65_HS1-834228961_62-HQ-83894_Section_4
Agency: FBI
Page 47
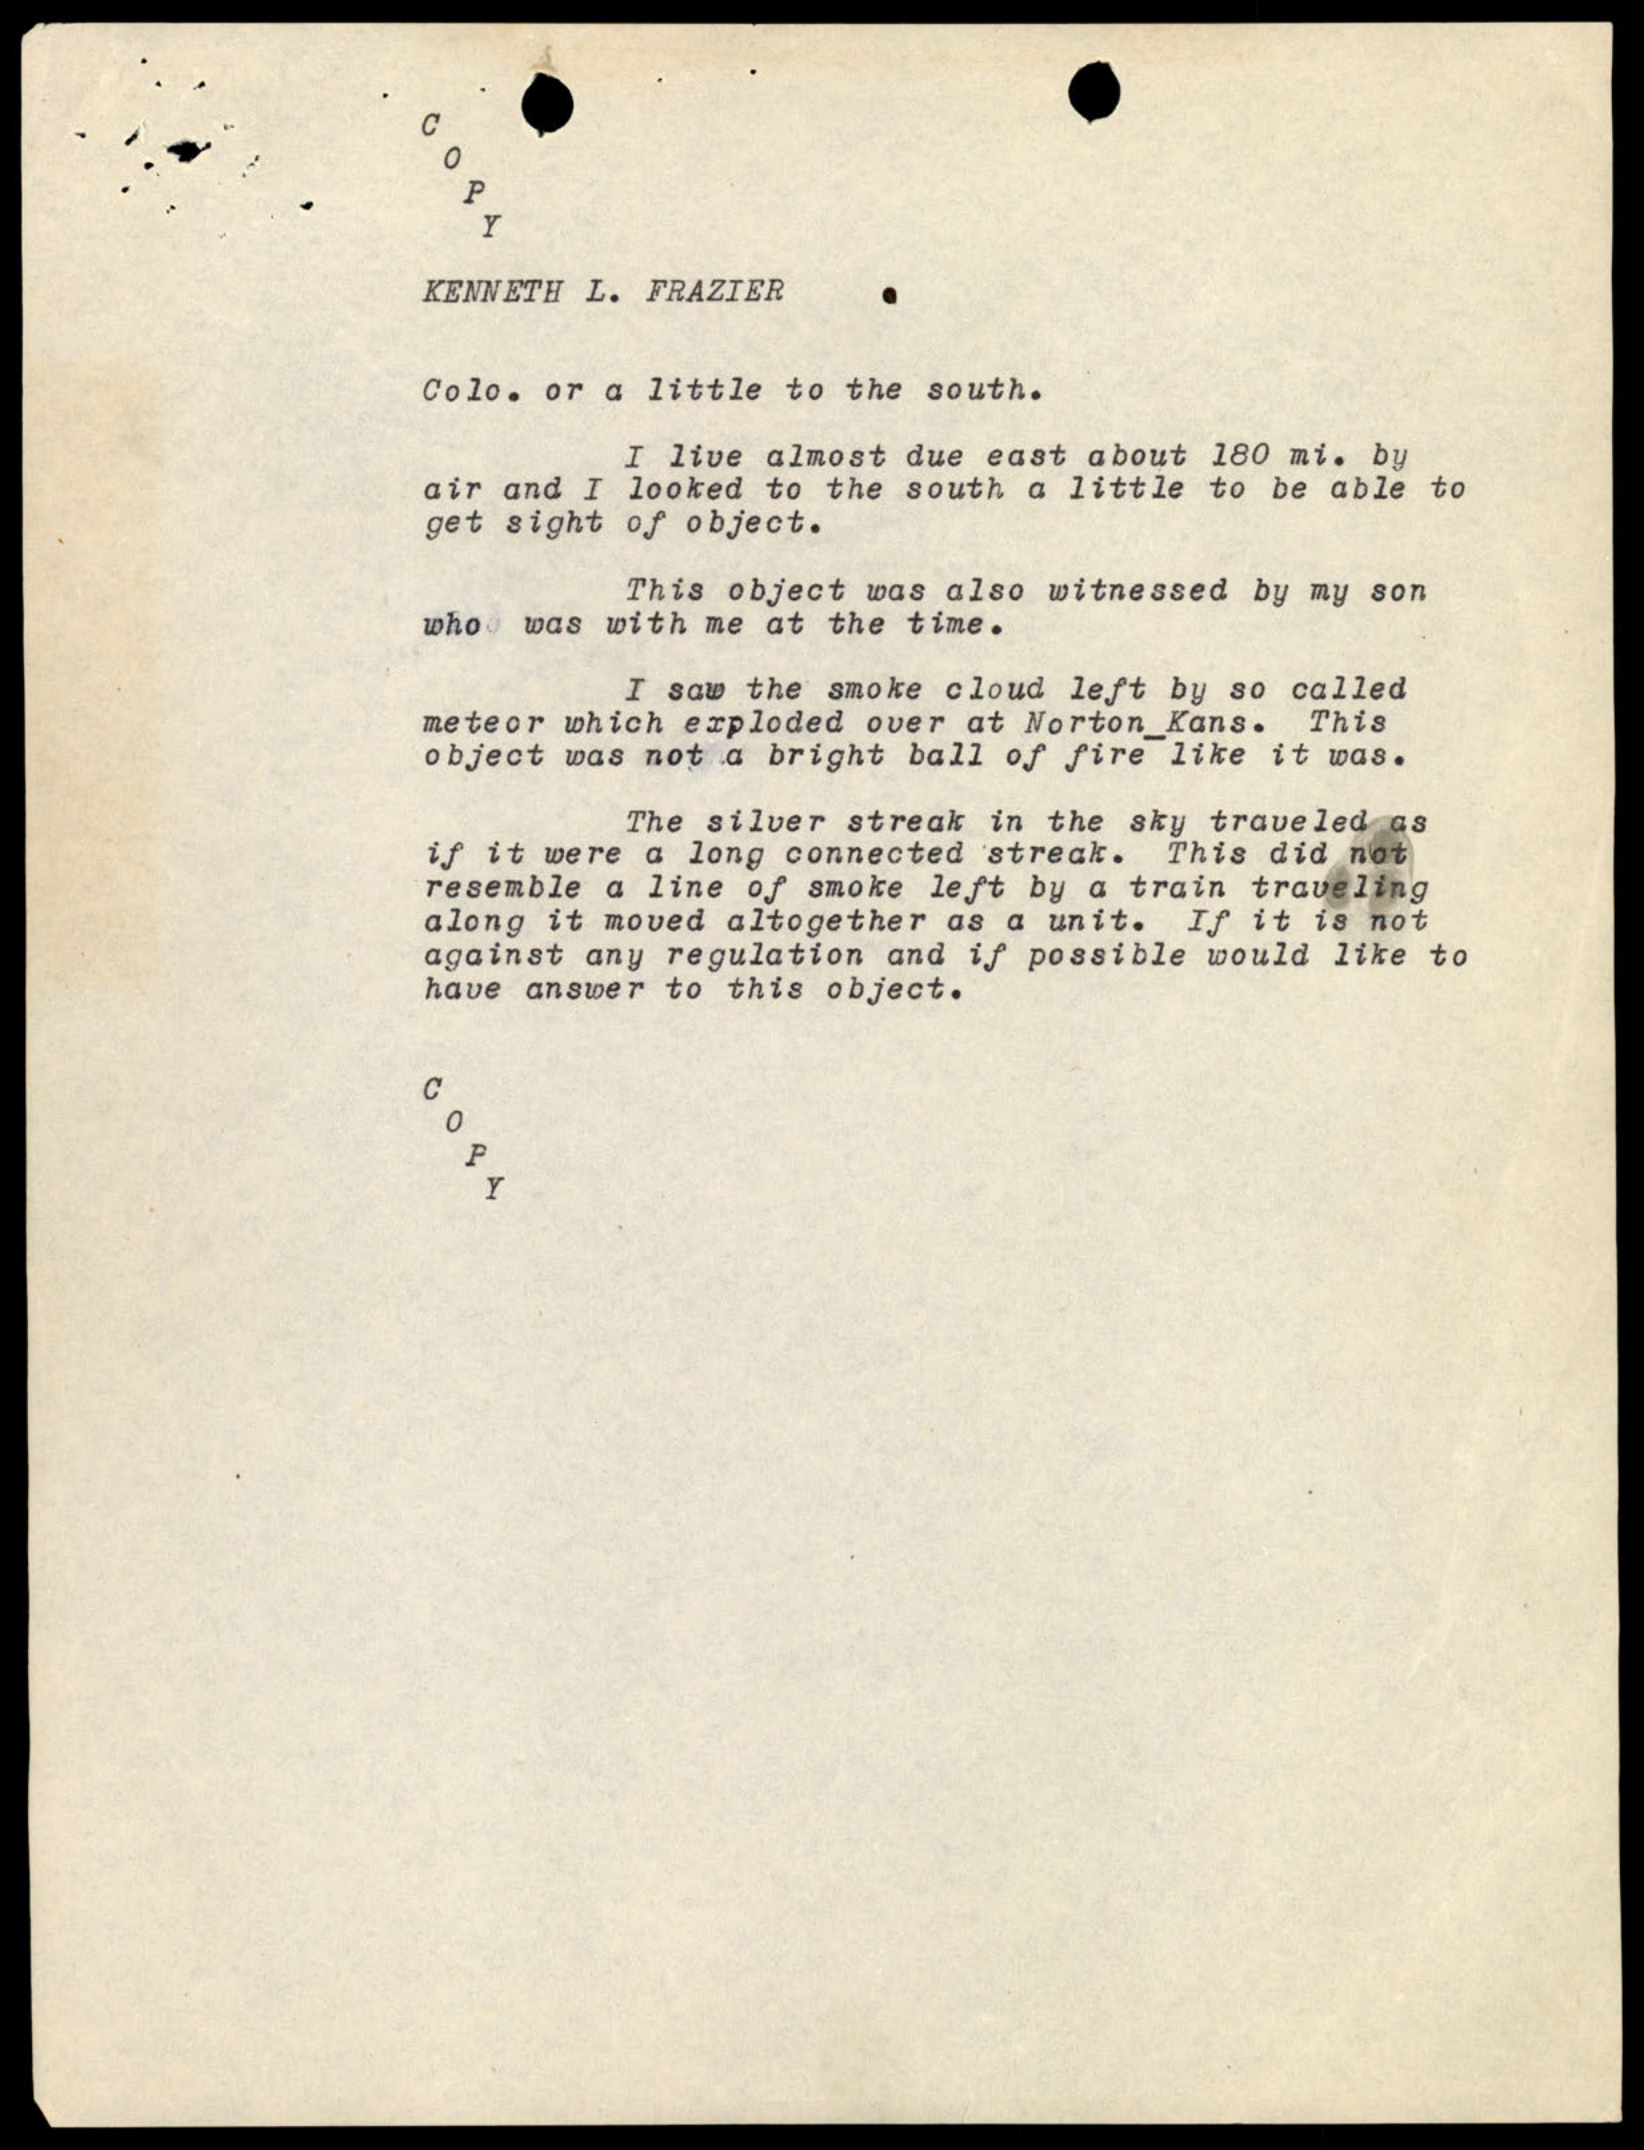